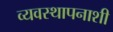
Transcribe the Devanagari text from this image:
व्यवस्थापनाशी